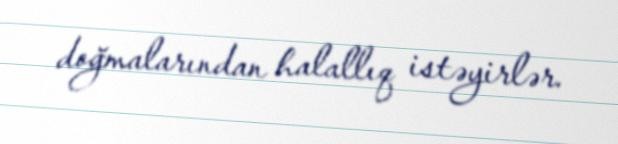
doğmalarından halallıq istəyirlər.